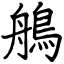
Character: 鵃